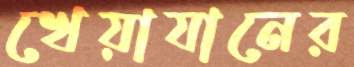
খেয়াযানের